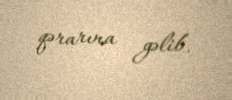
qərarına gəlib.